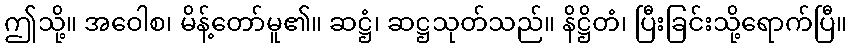
ဤသို့။ အဝေါစ၊ မိန့်တော်မူ၏။ ဆဋ္ဌံ၊ ဆဋ္ဌသုတ်သည်။ နိဋ္ဌိတံ၊ ပြီးခြင်းသို့ရောက်ပြီ။